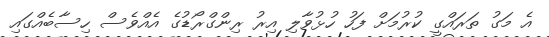
އެ މަގު ތަރައްގީ ކުރުމަށް ފަހު ހުޅުވާލި އިރު ރިންގްރޯޑުގެ އެއްވެސް ހިސާބެއްގައި